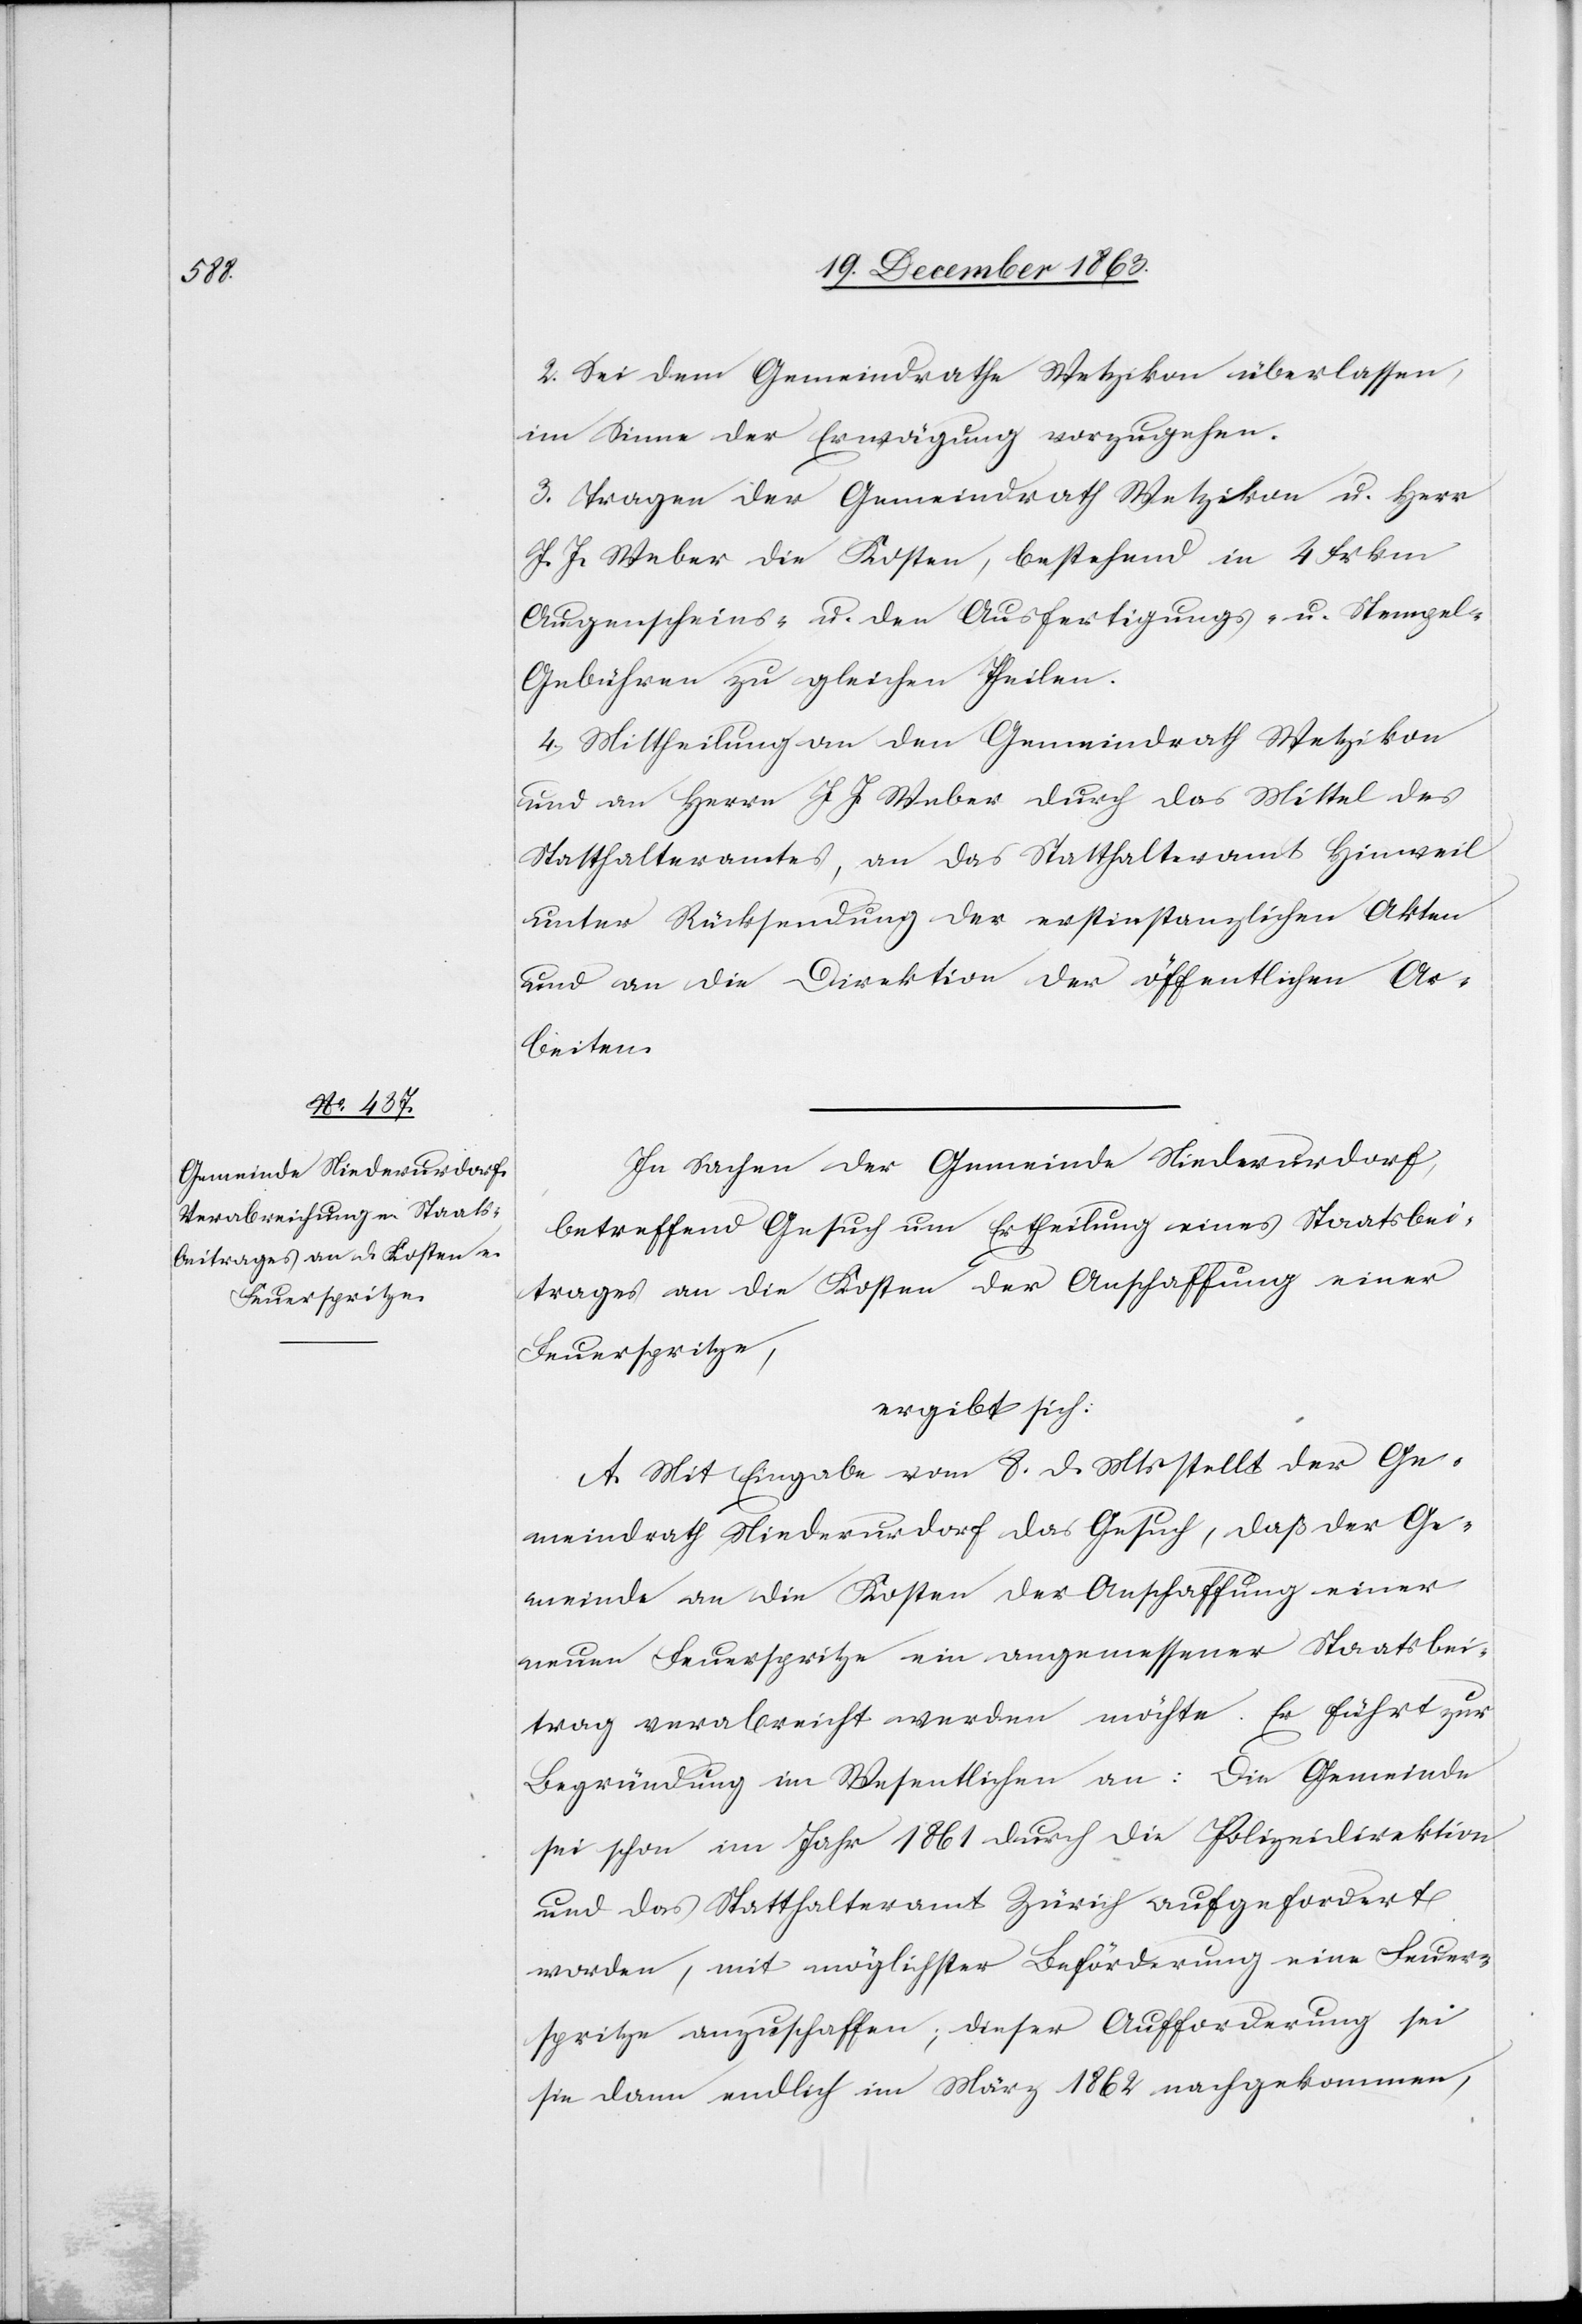
2. Sei dem Gemeindrathe Wetzikon überlassen,
im Sinne der Erwägung vorzugehen.
3. Tragen der Gemeindrath Wetzikon u. Herr
J. J. Weber die Kosten, bestehend in 4 Frkn.
Augenscheins- u. den Ausfertigungs- u. Stempel-G¬
ebühren zu gleichen Theilen.
4. Mittheilung an den Gemeindrath Wetzikon
und an Herrn J. J. Weber durch das Mittel des
Statthalteramtes, an das Statthalteramt Hinweil
unter Rücksendung der erstinstanzlichen Akten
und an die Direktion der öffentlichen Ar¬
beiten.
In Sachen der Gemeinde Niederurdorf,
betreffend Gesuch um Ertheilung eines Staatsbei¬
trages an die Kosten der Anschaffung einer
Feuerspritze,
ergibt sich:
A. Mit Eingabe vom 8. d. Mts. stellt der Ge¬
meindrath Niederurdorf das Gesuch, daß der Ge¬
meinde an die Kosten der Anschaffung einer
neuen Feuerspritze ein angemessener Staatsbei¬
trag verabreicht werden möchte. Er führt zur
Begründung im Wesentlichen an: Die Gemeinde
sei schon im Jahr 1861 durch die Polizeidirektion
und das Statthalteramt Zürich aufgefordert
worden, mit möglichster Beförderung eine Feuer¬
spritze anzuschaffen; dieser Aufforderung sei
sie dann endlich im März 1862 nachgekommen,